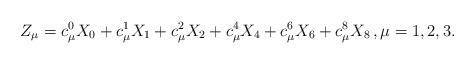
LaTeX: \begin{align*}Z_\mu=c_{\mu}^0 X_0+c_\mu^1 X_1+c_\mu^2 X_2+c_\mu^4 X_4+c_\mu^6 X_6+c_\mu^8 X_8 \, ,\mu=1,2,3.\end{align*}